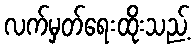
လက်မှတ်ရေးထိုးသည့်